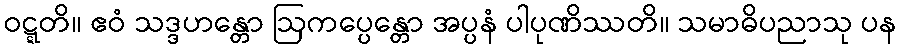
ဝဋ္ဋတိ။ ဧဝံ သဒ္ဒဟန္တော ဩကပ္ပေန္တော အပ္ပနံ ပါပုဏိဿတိ။ သမာဓိပညာသု ပန